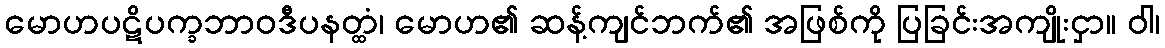
မောဟပဋိပက္ခဘာဝဒီပနတ္ထံ၊ မောဟ၏ ဆန့်ကျင်ဘက်၏ အဖြစ်ကို ပြခြင်းအကျိုးငှာ။ ဝါ၊